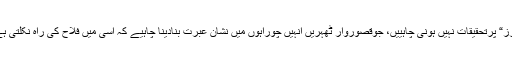
ہم یہ ہرگزنہیں کہتے کہ ”پاناما پیپرز“ پرتحقیقات نہیں ہونی چاہییں، جوقصوروار ٹھہریں اُنہیں چوراہوں میں نشانِ عبرت بنادینا چاہیے کہ اسی میں فلاح کی راہ نکلتی ہے لیکن صرف پانامالیکس ہی کیوں؟